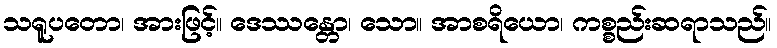
သရူပတော၊ အားဖြင့်။ ဒေဿန္တော၊ သော။ အာစရိယော၊ ကစ္စည်းဆရာသည်။